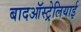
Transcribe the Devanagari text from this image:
बादऑस्ट्रेलियाई